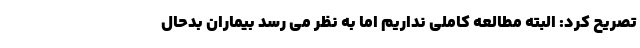
تصریح کرد: البته مطالعه کاملی نداریم اما به نظر می رسد بیماران بدحال